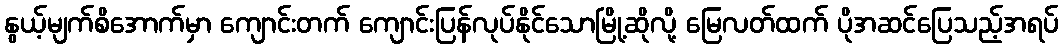
နွယ့်မျက်စိအောက်မှာ ကျောင်းတက် ကျောင်းပြန်လုပ်နိုင်သောမြို့ဆိုလို့ မြေလတ်ထက် ပိုအဆင်ပြေသည့်အရပ်